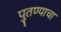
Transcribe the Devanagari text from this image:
पुतण्याचा